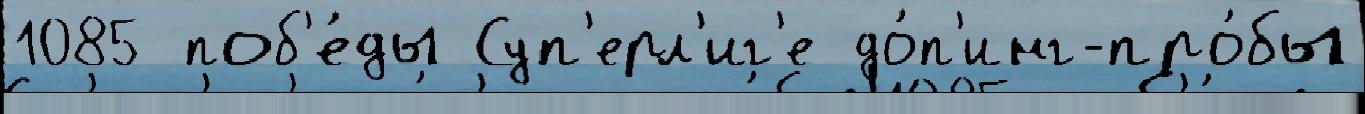
1085 поб'е́ды Суп'ерл'иг'е до́п'инг-про́бы